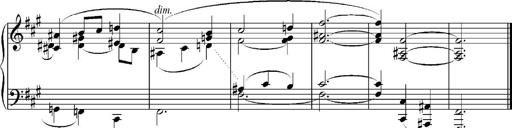
Title: Sonatina No.5
Composer: Otto Stoll
Key: F-sharp minor